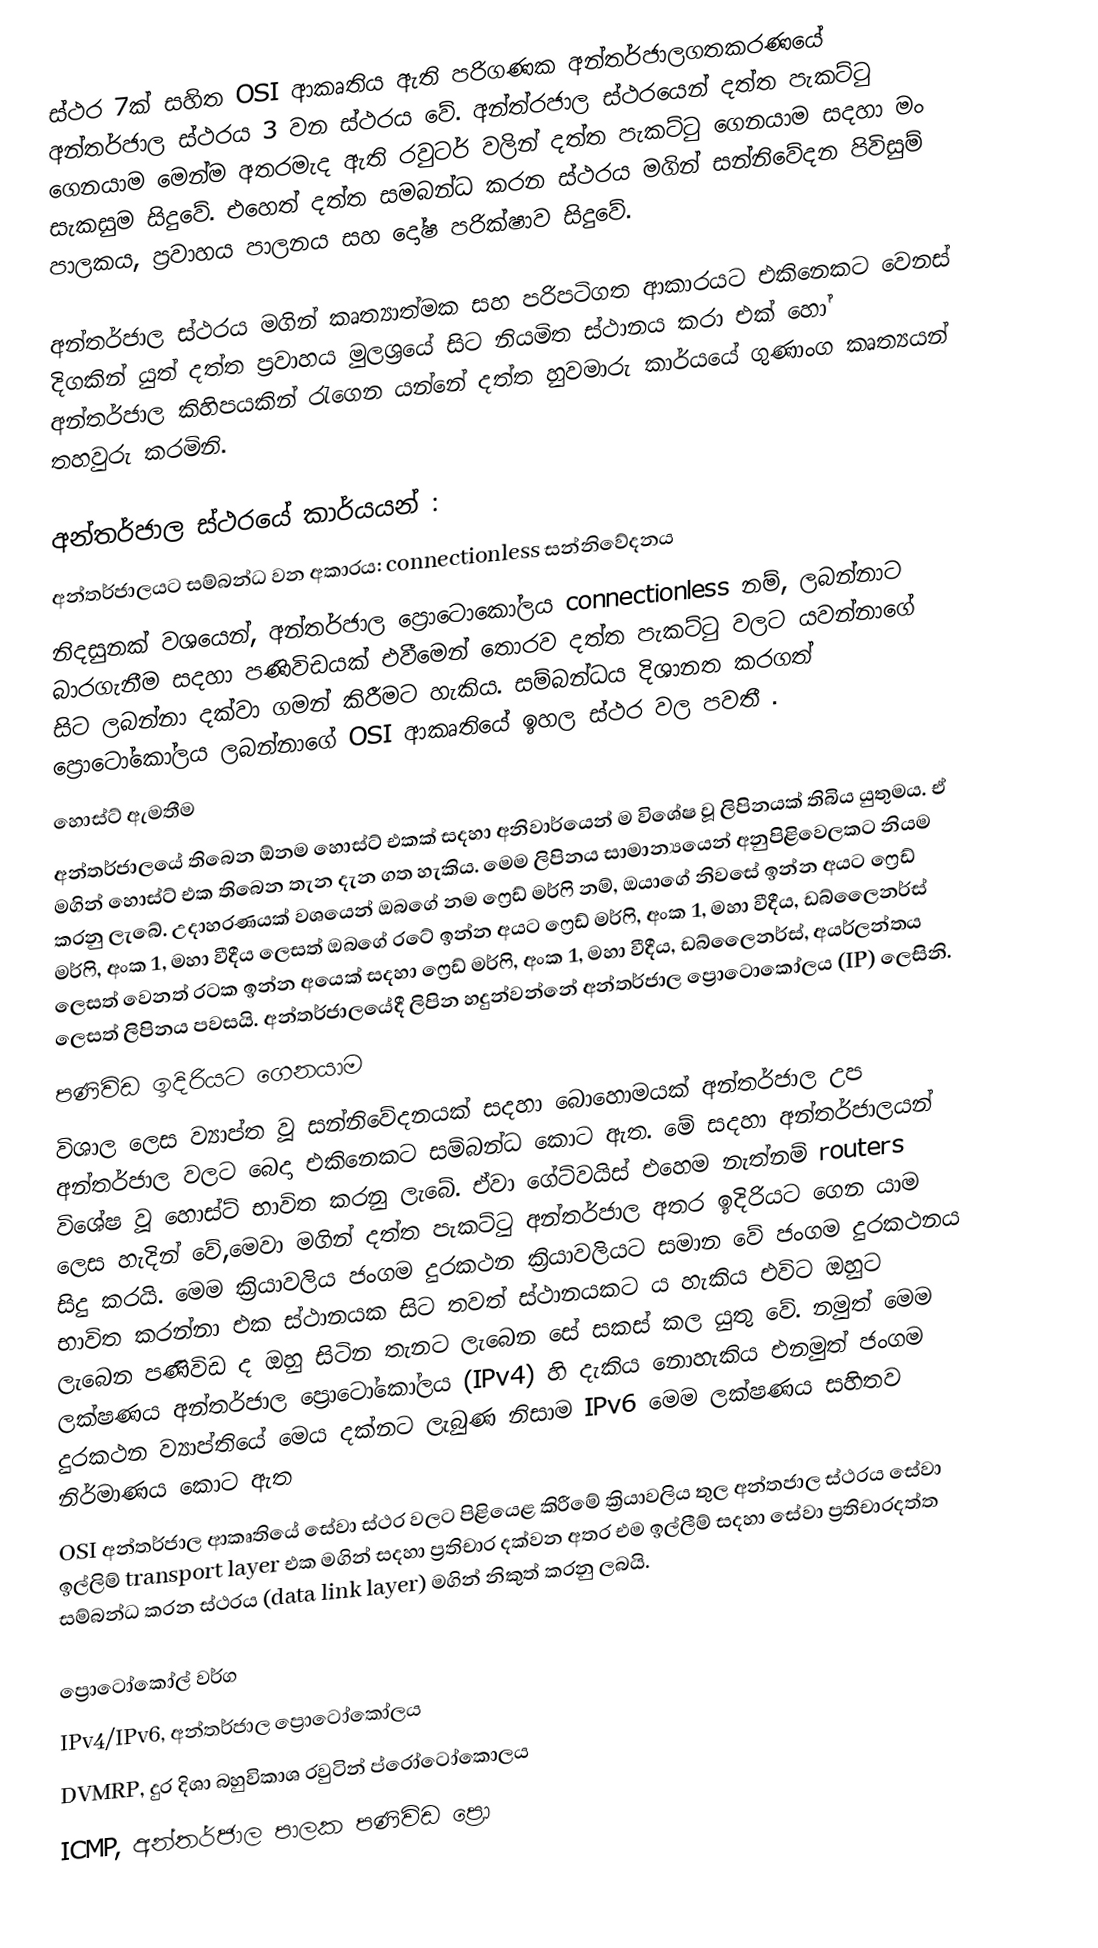
ස්ථර  7ක්  සහිත OSI ආකෘතිය ඇති  පරිගණක අන්තර්ජාලගතකරණයේ අන්තර්ජාල ස්ථරය 3 වන ස්ථරය වේ. අන්ත්රජාල ස්ථරයෙන් දත්ත පැකට්ටු ගෙනයාම මෙන්ම අතරමැද ඇති රවුටර් වලින් දත්ත පැකට්ටු ගෙනයාම සදහා මං සැකසුම සිදුවේ. එහෙත් දත්ත සමබන්ධ කරන ස්ථරය මගින් සන්නිවේදන පිවිසුම් පාලකය,  ප්‍රවාහය පාලනය සහ දෝෂ පරික්ෂාව සිදුවේ.

අන්තර්ජාල ස්ථරය  මගින් කෘත්‍යාත්මක සහ පරිපටිගත ආකාරයට එකිනෙකට වෙනස් දිගකින් යුත් දත්ත ප්‍රවාහය   මුලශ්‍රයේ සිට නියමිත ස්ථානය කරා එක්  හෝ අන්තර්ජාල කිහිපයකින් රැගෙන යන්නේ දත්ත හුවමාරු කාර්යයේ ගුණාංග  කෘත්‍යයන් තහවුරු කරමිනි.

අන්තර්ජාල ස්ථරයේ කාර්යයන් :
අන්තර්ජාලයට සම්බන්ධ වන අකාරය: connectionless සන්නිවේදනය
 නිදසුනක් වශයෙන්, අන්තර්ජාල ප්‍රොටොකෝලය connectionless නම්, ලබන්නාට බාරගැනීම සදහා පණිවිඩයක් එවීමෙන් තොරව  දත්ත පැකට්ටු වලට යවන්නාගේ සිට ලබන්නා දක්වා ගමන් කිරීමට හැකිය. සම්බන්ධය දිශානත කරගත් ප්‍රොටෝකෝලය ලබන්නාගේ OSI  ආකෘතියේ ඉහල ස්ථර වල පවතී .
 හොස්ට් ඇමතීම
අන්තර්ජාලයේ තිබෙන ඕනම හොස්ට් එකක් සදහා අනිවාර්යෙන් ම විශේෂ වූ ලිපිනයක් තිබිය යුතුමය. ඒ මගින් හොස්ට් එක තිබෙන තැන දැන ගත  හැකිය.  මෙම ලිපිනය  සාමාන්‍යයෙන් අනුපිළිවෙලකට නියම කරනු ලැබේ. උදාහරණයක් වශයෙන්  ඔබගේ නම ෆ්‍රෙඩ් මර්ෆි  නම්, ඔයාගේ නිවසේ ඉන්න අයට ෆ්‍රෙඩ් මර්ෆි, අංක 1, මහා වීදීය ලෙසත් ඔබගේ රටේ ඉන්න අයට ෆ්‍රෙඩ් මර්ෆි, අංක 1, මහා වීදීය, ඩබ්ලෛනර්ස්  ලෙසත් වෙනත් රටක ඉන්න අයෙක් සදහා ෆ්‍රෙඩ් මර්ෆි, අංක 1, මහා වීදීය, ඩබ්ලෛනර්ස්, අයර්ලන්තය ලෙසත් ලිපිනය පවසයි. අන්තර්ජාලයේදී ලිපින හදුන්වන්නේ අන්තර්ජාල ප්‍රොටොකෝලය (IP) ලෙසිනි.
 පණිවිඩ ඉදිරියට ගෙනයාම
විශාල ලෙස ව්‍යාප්ත වූ සන්නිවේදනයක් සදහා  බොහොමයක් අන්තර්ජාල උප අන්තර්ජාල වලට බෙදා එකිනෙකට සම්බන්ධ කොට  ඇත. මේ සදහා අන්තර්ජාලයන් විශේෂ වූ හොස්ට් භාවිත කරනු ලැබේ.  ඒවා ගේට්වයිස් එහෙම නැත්නම් routers ලෙස හැදින් වේ,මෙවා  මගින් දත්ත පැකට්ටු අන්තර්ජාල අතර ඉදිරියට ගෙන යාම සිදු කරයි. මෙම ක්‍රියාවලිය ජංගම දුරකථන ක්‍රියාවලියට සමාන වේ ජංගම දුරකථනය භාවිත  කරන්නා එක ස්ථානයක සිට තවත් ස්ථානයකට ය හැකිය එවිට ඔහුට ලැබෙන පණිවිඩ ද ඔහු සිටින තැනට ලැබෙන සේ සකස් කල යුතු වේ. නමුත් මෙම ලක්ෂණය අන්තර්ජාල ප්‍රොටෝකෝලය (IPv4) හි දැකිය නොහැකිය එනමුත් ජංගම දුරකථන  ව්‍යාප්තියේ මෙය දක්නට ලැබුණ නිසාම IPv6 මෙම ලක්ෂණය සහිතව නිර්මාණය කොට ඇත
OSI අන්තර්ජාල ආකෘතියේ සේවා ස්ථර වලට පිළියෙළ කිරීමේ ක්‍රියාවලිය තුල අන්තජාල ස්ථරය සේවා ඉල්ලිම් transport layer එක මගින්  සදහා ප්‍රතිචාර දක්වන අතර එම ඉල්ලීම් සදහා සේවා ප්‍රතිචාරදත්ත සම්බන්ධ කරන ස්ථරය (data link layer) මගින් නිකුත් කරනු ලබයි.

ප්‍රොටෝකෝල් වර්ග
 IPv4/IPv6, අන්තර්ජාල ප්‍රොටෝකෝලය
 DVMRP, දුර දිශා බහුවිකාශ රවුටින් ප්රෝටෝකොලය
 ICMP, අන්තර්ජාල පාලක පණිවිඩ ප්‍රො